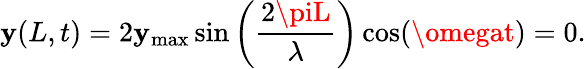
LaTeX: \mathbf{y}(L,t)=2\mathbf{y}_{\mathrm{{max}}}\sin\left({\frac{{2\piL}}{{\lambda}}}\right)\cos(\omegat)=0.